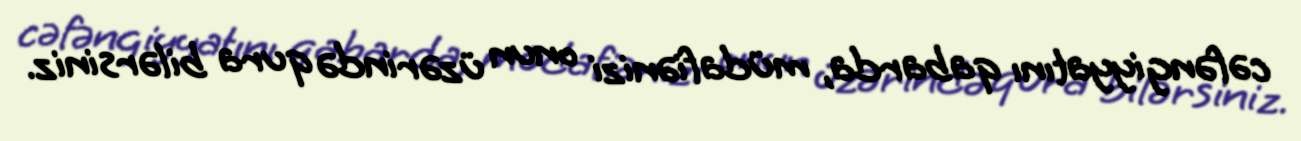
cəfəngiyyatını qabarda, müdafiənizi onun üzərində qura bilərsiniz.